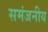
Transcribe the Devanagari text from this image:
समंजनीय